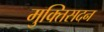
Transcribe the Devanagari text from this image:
मुक्तिसदन